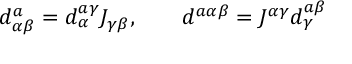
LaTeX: d _ { \alpha \beta } ^ { a } = d _ { \alpha } ^ { a \gamma } J _ { \gamma \beta } , \qquad d ^ { a \alpha \beta } = J ^ { \alpha \gamma } d _ { \gamma } ^ { a \beta }